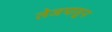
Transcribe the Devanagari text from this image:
तेजपाहुन